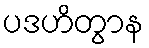
ပဒဟိတွာန